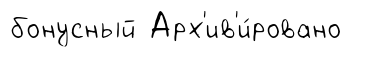
бонусный Арх'ив'и́ровано